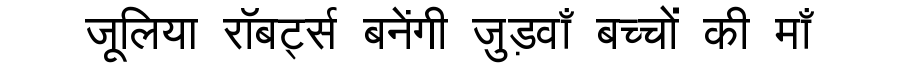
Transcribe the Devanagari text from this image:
जूलिया रॉबर्ट्स बनेंगी जुड़वाँ बच्चों की माँ